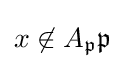
x\not \in A_{\mathfrak {p}}{\mathfrak {p}}